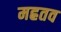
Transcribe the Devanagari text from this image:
मह्रतव